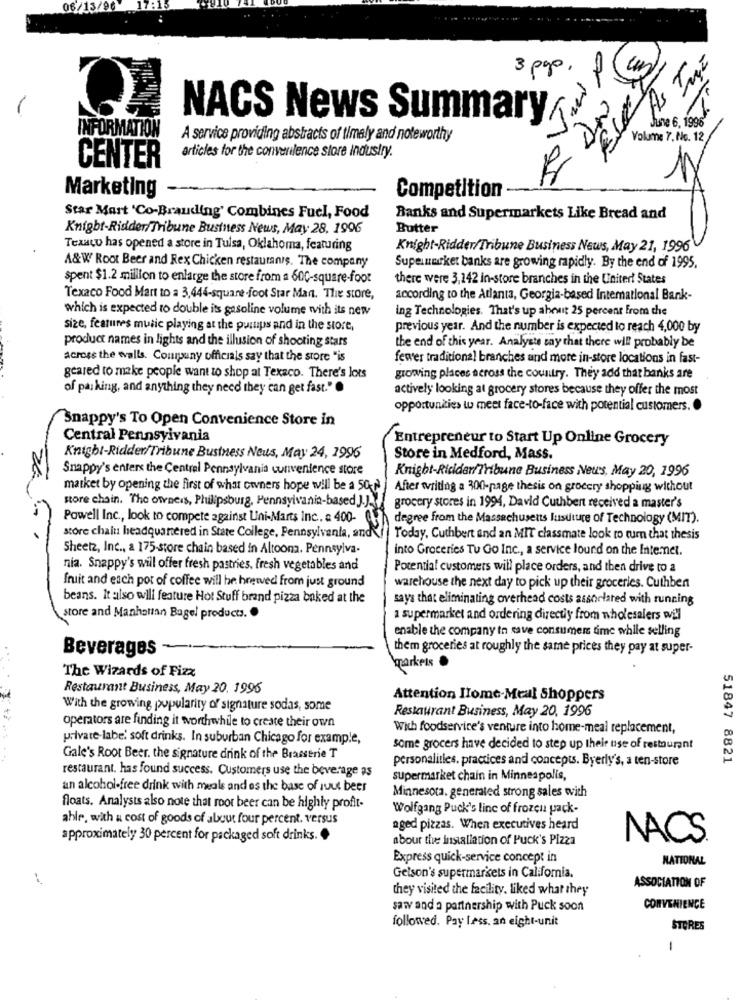
06/
17:15
3 pgp. f
As Tusz
NACS News Summary/
June 6, 1996
INFORMATION
A service providing abstracts of timely and noteworthy
Volume 7. No. 12/
articles for the converilence store industry.
CENTER
Marketing
Competition
Star Mart 'Co-Branding' Combines Fuel, Food
Banks and Supermarkets Like Bread and
Knight-Ridder/Tribune Business News, May 28, 1996
Butter
Texaco has opened a store in Tulsa, Oklahoma, featuring
Knight-Ridder/Tribune Business News, May 21, 1996
A&W Root Beer and Rex Chicken restaurants. The company
Supermarket banks are growing rapidly. By the end of 1995,
spent $1.2 million to enlarge the store from a 600-square-foot
there were 3,142 in-store branches in the United States
Texaco Food Mart to a 3,444-square-foot Star Mant. The store,
according to the Atlanta, Georgia-based International Bank-
which is expected to double its gasoline volume with its new
ing Technologies. That's up aheut 25 percent From the
size, features music playing at the pumps and in the store,
previous year. And the number is expected to reach 4,000 by
product names in lights and the illusion of shooting stars
the end of this year. Analyste say that there will probably be
across the walls. Company officials say that the store "is
fewer traditional branches and more in-store locations in fast-
geared to make people want to shop at Texaco. There's lots
growing places across the country. They add that banks are
of parking, and anything they need they can get fast."
actively looking at grocery stores because they offer the most
opportunities to meet face-to-face with potential customers. .
Snappy's To Open Convenience Store in
Central Pennsylvania
Entrepreneur to Start Up Online Grocery
Knight-Ridder/Tribune Business Nous, May 24, 1996
Store in Medford, Mass.
Snappy's enters the Central Pennsylvania convenience store
Knight-Ricidar/Tribune Business News, May 20, 1996
market by opening the first of what owners hope will be a Sort
After writing a 300-page thesis on grocery shopping without
store chain. The owners, Philipsburg, Pennsylvania-based J.J.
grocery stores in 1994, David Cuthbert received a master's
Powell Inc ., look to compete against Uni-Marts Inc ., & 400-
degree from the Massachusetts lusuture of Technology (MIT).
store chalu headquartered in State College, Pennsylvania, and\/ | Today, Cuthbert and an MIT classmate look to turn that thesis
Sheetz, Inc ., a 175-store chain based in Altoom. Pennsylva-
into Groceries Tu Go Inc ., a service lound on the Internet.
nia. Snappy's will offer fresh pastries. fresh vegetables and
Potential customers will place orders, and then drive to a
fruit and each pot of coffee will be hegeved from just ground
warehouse the next day to pick up their groceries. Cuthbert
beans. It also wili feature Hot Stuff brand pizza baked at the
says that eliminating overhead costs assorlared with running
store and Manhattan Bagel products.
a supermarket and ordering directly from wholesalers will
enable the company to save consumers time while selling
Beverages -
them groceries at roughly the same prices they pay at super-
The Wizards of Fizz
markets .
Restaurant Business, May 20. 1995
Attention Ilome-Meal Shoppers
With the growing popularity of signature sodas, some
Restaurant Business, May 20, 1996
operators are finding it worthwhile to create their own
With foodservice's venture into home-meal replacement,
private-labe' soft drinks. In suburban Chicago for example,
some grocers have decided to step up thele use of restaurant
. ..
Gale's Root Beer. the signature drink of the Brasserie T
personalities. practices and concepts. Byerly's, a ten-store
51847 8821
restaurant. has found success. Customers use the beverage as
supermarket chain in Minneapolis,
an alcohol-free drink with meals and os the base of iuut beer
Minnesota. generated strong sales with
floats. Analysts also note that roor beer can be highly profit-
Wolfgang Puck's line of frozen pack-
ahle, with a cost of goods of about four percent. versus
aged pizzas. When executives heard
approximately 30 percent for packaged soft drinks. .
about the installation of Puck's Pizza
NACS
Express quick-service concept in
NATIONAL
Getson's supermarkets in California.
they visited the facility. liked what they
ASSOCIATION OF
sawv and a partnership with Puck soon
CONVENIENCE
followed. Pay Less. an eight-unit
STORES
-